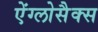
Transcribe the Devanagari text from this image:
ऐंग्लोसैक्स